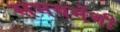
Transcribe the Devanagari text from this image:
समयमेंभी